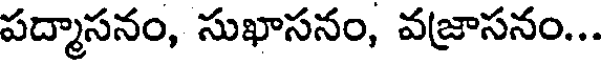
పద్మాసనం, సుఖాసనం, వజ్రాసనం...